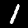
Label: 1